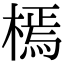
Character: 㯊